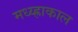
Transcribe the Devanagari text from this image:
मध्य्ह्राकाल